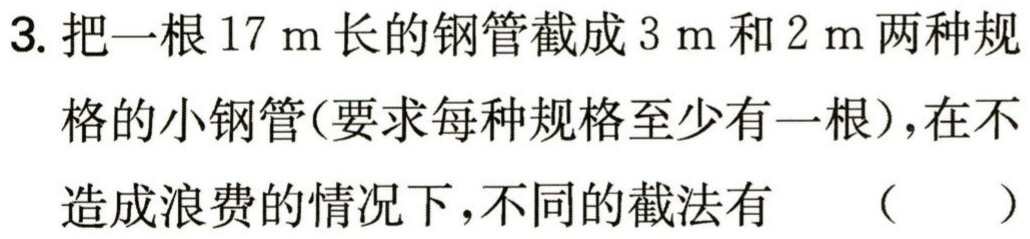
3. 把一根$17\mathrm{m}$长的钢管截成$3\mathrm{m}$和$2\mathrm{m}$两种规格的小钢管(要求每种规格至少有一根)，在不造成浪费的情况下，不同的截法有 （  ）